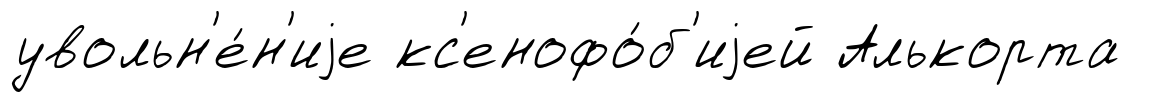
увольн'е́н'иjе кс'енофо́б'иjей Алькорта